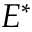
E ^ { \ast }